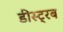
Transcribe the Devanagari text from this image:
डीस्ट्रब